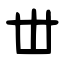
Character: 丗